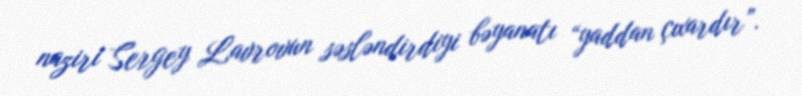
naziri Sergey Lavrovun səsləndirdiyi bəyanatı “yaddan çıxardır”.